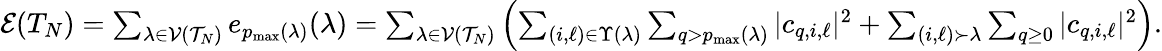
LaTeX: \begin{array}{r}{\mathcal{E}(T_{N})=\sum_{\lambda\in\mathcal{V}(\mathcal{T}_{N})}e_{p_{\operatorname*{max}}(\lambda)}(\lambda)=\sum_{\lambda\in\mathcal{V}(\mathcal{T}_{N})}\left(\sum_{(i,\ell)\in\Upsilon(\lambda)}\sum_{q>p_{\operatorname*{max}}(\lambda)}\vert c_{q,i,\ell}\vert^{2}+\sum_{(i,\ell)\succ\lambda}\sum_{q\ge 0}\vert c_{q,i,\ell}\vert^{2}\right).}\end{array}